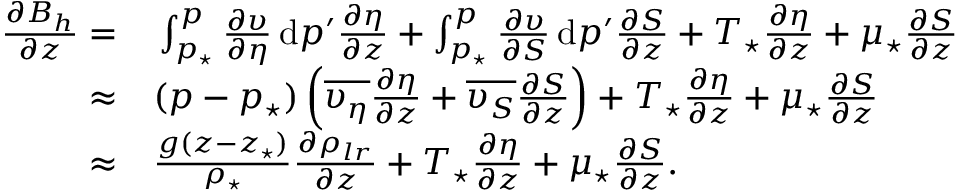
\begin{array} { r l } { \frac { \partial B _ { h } } { \partial z } = } & { { } \int _ { p _ { \star } } ^ { p } \frac { \partial \upsilon } { \partial \eta } \, \mathrm { d } p ^ { \prime } \frac { \partial \eta } { \partial z } + \int _ { p _ { \star } } ^ { p } \frac { \partial \upsilon } { \partial S } \, \mathrm { d } p ^ { \prime } \frac { \partial S } { \partial z } + T _ { \star } \frac { \partial \eta } { \partial z } + \mu _ { \star } \frac { \partial S } { \partial z } } \\ { \approx } & { { } ( p - p _ { \star } ) \left( \overline { { \upsilon _ { \eta } } } \frac { \partial \eta } { \partial z } + \overline { { \upsilon _ { S } } } \frac { \partial S } { \partial z } \right) + T _ { \star } \frac { \partial \eta } { \partial z } + \mu _ { \star } \frac { \partial S } { \partial z } } \\ { \approx } & { { } \frac { g ( z - z _ { \star } ) } { \rho _ { \star } } \frac { \partial \rho _ { l r } } { \partial z } + T _ { \star } \frac { \partial \eta } { \partial z } + \mu _ { \star } \frac { \partial S } { \partial z } . } \end{array}